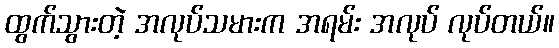
ထွက်သွားတဲ့ အလုပ်သမားက အရမ်း အလုပ် လုပ်တယ်။